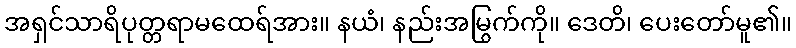
အရှင်သာရိပုတ္တရာမထေရ်အား။ နယံ၊ နည်းအမြွက်ကို။ ဒေတိ၊ ပေးတော်မူ၏။